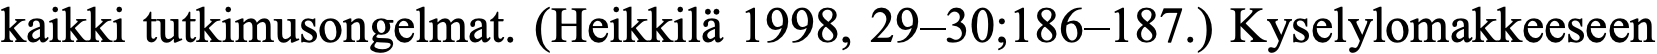
kaikki tutkimusongelmat. (Heikkilä 1998, 29–30;186–187.) Kyselylomakkeeseen